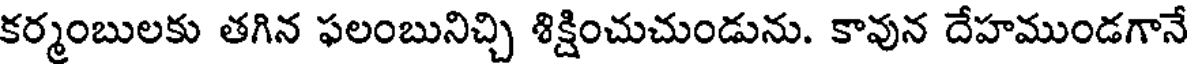
కర్మంబులకు తగిన ఫలంబునిచ్చి శిక్షించుచుండును. కావున దేహముండగానే